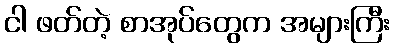
ငါ ဖတ်တဲ့ စာအုပ်တွေက အများကြီး